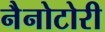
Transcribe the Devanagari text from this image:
नैनोटोरी